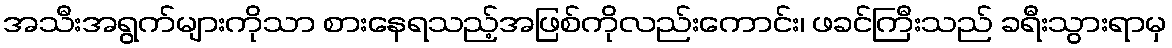
အသီးအရွက်များကိုသာ စားနေရသည့်အဖြစ်ကိုလည်းကောင်း၊ ဖခင်ကြီးသည် ခရီးသွားရာမှ